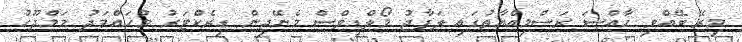
މިރޭ ބޭއްވި ހާއްސަ ރަސްމިއްޔާތުގައި ލަފާޖު މޯލްޑިވްސް މެނޭޖިން ޑިރެކްޓަރު މުހައްމަދު މަމްދޫހު